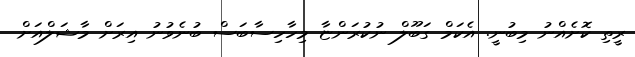
ރީތި ކޮށެއްނު މިބުނީ. އެކަމް ގަބޫލް ނުކުރަންޏާ މިހާހިސާބަސް ބުނެވުނު އިރަށް މާޝަލްއަށް